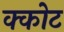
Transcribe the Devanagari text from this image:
क्कोट